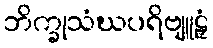
ဘိက္ခုသံဃပရိဗျူဠှံ